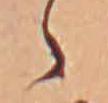
ゝ